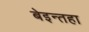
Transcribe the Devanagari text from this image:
बेइन्तहा